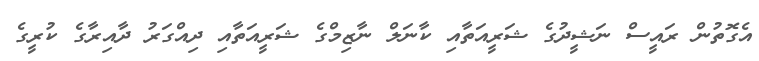
އެގޮތުން ރައީސް ނަޝީދުގެ ޝަރީއަތާއި ކާނަލް ނާޒިމްގެ ޝަރީއަތާއި ދިއްގަރު ދާއިރާގެ ކުރީގެ